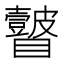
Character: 𭿲